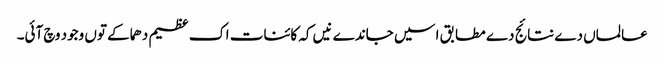
عالماں دے نتائج دے مطابق اسیں جاندے نیں کہ کائنات اک عظیم دھماکے تو‏ں وجود وچ آئی۔